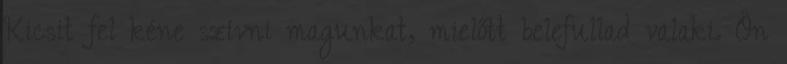
Kicsit fel kéne szívni magunkat, mielőtt belefullad valaki. Ön